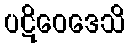
ပဋိဝေဒေသိ